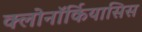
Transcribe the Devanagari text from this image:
क्लोनॉर्कियासिस